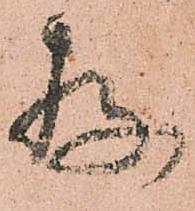
存